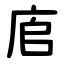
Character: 㢂